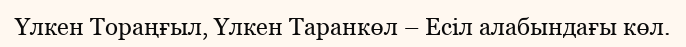
Үлкен Тораңғыл, Үлкен Таранкөл – Есіл алабындағы көл.